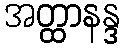
အတ္ထာနန္ဒ